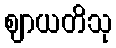
ဈာယတိသု